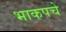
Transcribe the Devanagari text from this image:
भाकपचे